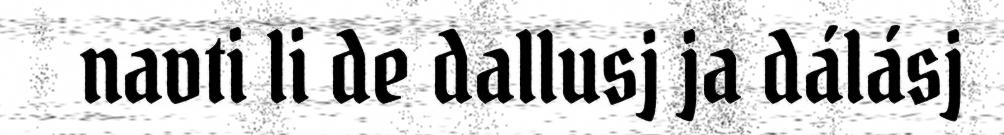
navti li de dallusj ja dálásj